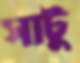
সাটু